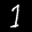
Label: 1